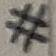
Text: #